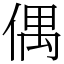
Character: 偶